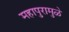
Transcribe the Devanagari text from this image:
महापुरामुळे